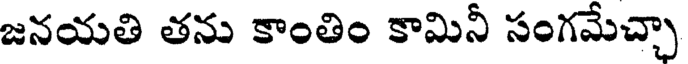
జనయతి తను కాంతిం కామినీ సంగమేచ్చా